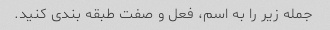
جمله زیر را به اسم، فعل و صفت طبقه بندی کنید.